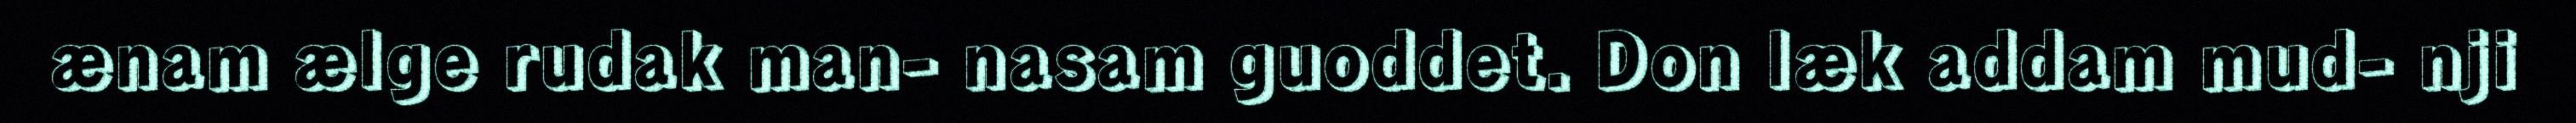
ænam ælge rudak man- nasam guoddet. Don læk addam mud- nji